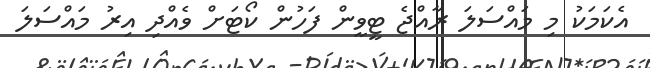
އެކަމަކު މި މައްސަލަ ރާއްޖެ ޓީވީން ފަހުން ކޯޓަށް ވެއްދި އިރު މައްސަލަ